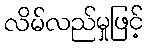
လိမ်လည်မှုဖြင့်